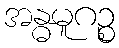
အန္ဓမူဂဉ္စ